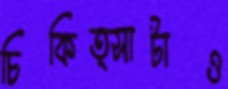
চিকিত্সাটাও